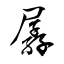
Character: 孱